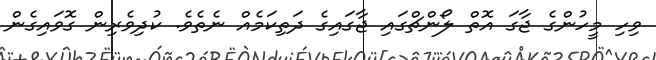
ވިހި މީހުންގެ ޖާގަ އޮތް ލޯންޗްގައި ޖާގައިގެ ދަތިކަމެއް ނެތެވެ. ކުދިވެރިން ގޮވައިގެން